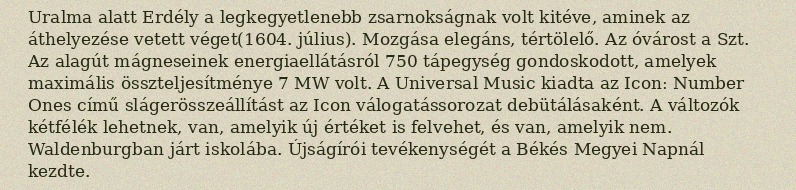
Uralma alatt Erdély a legkegyetlenebb zsarnokságnak volt kitéve, aminek az áthelyezése vetett véget(1604. július). Mozgása elegáns, tértölelő. Az óvárost a Szt. Az alagút mágneseinek energiaellátásról 750 tápegység gondoskodott, amelyek maximális összteljesítménye 7 MW volt. A Universal Music kiadta az Icon: Number Ones című slágerösszeállítást az Icon válogatássorozat debütálásaként. A változók kétfélék lehetnek, van, amelyik új értéket is felvehet, és van, amelyik nem. Waldenburgban járt iskolába. Újságírói tevékenységét a Békés Megyei Napnál kezdte.